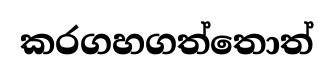
කරගහගත්තොත්